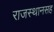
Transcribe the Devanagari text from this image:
राजस्थानसह